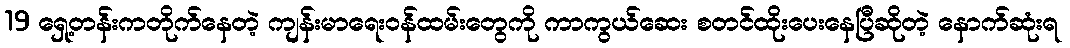
19 ရှေ့တန်းကတိုက်နေတဲ့ ကျန်းမာရေးဝန်ထမ်းတွေကို ကာကွယ်ဆေး စတင်ထိုးပေးနေပြီဆိုတဲ့ နောက်ဆုံးရ